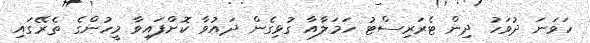
ހަވަނަ ދުވަހު ދިން ޓެރަރިސްޓު ހަމަލާއާ ގުޅިގެން ދައުވާ ކޮށްފައިވާ މީހުންގެ ތެރޭގައި